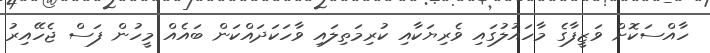
ހާއްސަކޮށް ވަޒީފާގެ މާހައުލުގައި ވެރިޔަކާއި ކުރިމަތިލައި ވާހަކަދައްކަން ބައެއް މީހުން ފަސް ޖެހޭއިރު